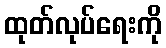
ထုတ်လုပ်ရေးကို